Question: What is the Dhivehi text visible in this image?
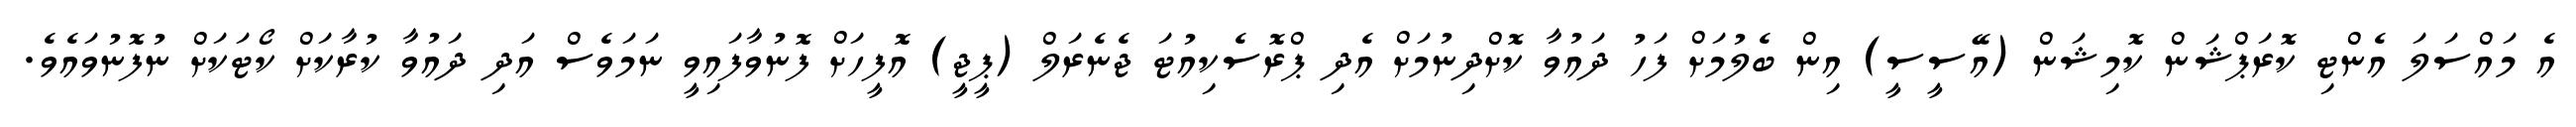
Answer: އެ މައްސަލަ އެންޓި ކޮރަޕްޝަން ކޮމިޝަން (އޭސީސީ) އިން ބެލުމަށް ފަހު ދައުވާ ކޮށްދިނުމަށް އެދި ޕްރޮސެކިއުޓަ ޖެނެރަލް (ޕީޖީ) އޮފީހަށް ފޮނުވާފައިވީ ނަމަވެސް އަދި ދައުވާ ކުރާކަށް ކޯޓަކަށް ނުފޮނުވައެވެ.